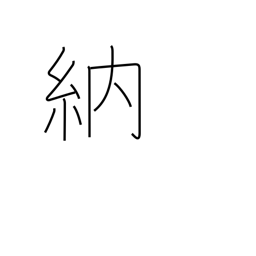
Meaning: obtain